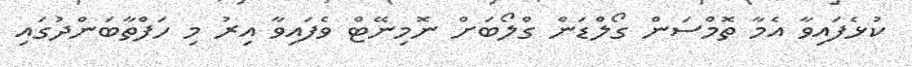
ކުޅެފައިވާ އެމާ ތޮމްސަން ގޯލްޑަން ގްލޯބަށް ނޮމިނޭޓް ވެފައިވާ އިރު މި ހަފްތާބަންދުގައި